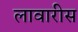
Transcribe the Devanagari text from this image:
लावारीस